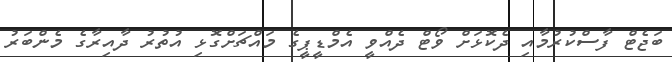
ބަޖެޓް ފާސްކުރުމާއި ދެކޮޅަށް ވޯޓް ދެއްވީ އެމްޑީޕީގެ މައްޗަށްގޮޅި އުތުރު ދާއިރާގެ މެންބަރު